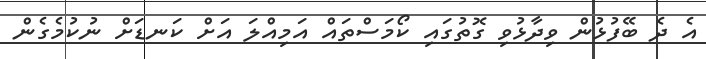
އެ ދެ ބޭފުޅުން ވިދާޅުވި ގޮތުގައި ކޯމަސްތައް އަމިއްލަ އަށް ކަނޑަށް ނުކުމެގެން